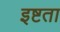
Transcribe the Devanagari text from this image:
इष्टता